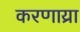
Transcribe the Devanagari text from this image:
करणाय्रा